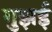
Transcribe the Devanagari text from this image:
गुझई